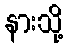
နားသို့